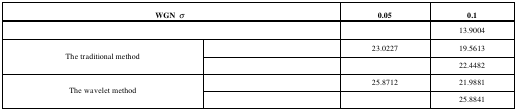
<table><thead><tr><td colspan="2"><b>WGN σ </b></td><td><b>0.05</b></td><td><b>0.1</b></td></tr></thead><tbody><tr><td colspan="2">[EMPTY_CELL]</td><td>[EMPTY_CELL]</td><td>13.9004</td></tr><tr><td rowspan="2">The traditional method</td><td>[EMPTY_CELL]</td><td>23.0227</td><td>19.5613</td></tr><tr><td>[EMPTY_CELL]</td><td>[EMPTY_CELL]</td><td>22.4482</td></tr><tr><td rowspan="2">The wavelet method</td><td>[EMPTY_CELL]</td><td>25.8712</td><td>21.9881</td></tr><tr><td>[EMPTY_CELL]</td><td>[EMPTY_CELL]</td><td>25.8841</td></tr></tbody></table>